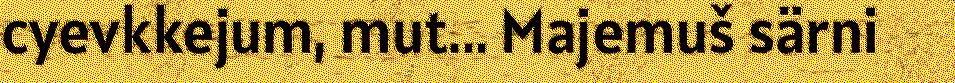
cyevkkejum, mut... Majemuš särni